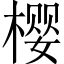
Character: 樱